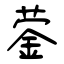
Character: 蓥